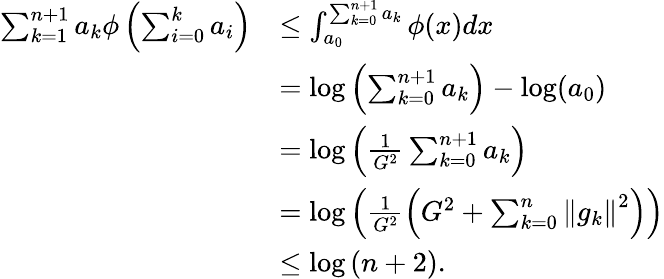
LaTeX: \begin{array}{rl}{\sum_{k=1}^{n+1}a_{k}\phi\left(\sum_{i=0}^{k}a_{i}\right)}&{\leq\int_{a_{0}}^{\sum_{k=0}^{n+1}a_{k}}\phi(x)dx}\\ &{=\log\left(\sum_{k=0}^{n+1}a_{k}\right)-\log(a_{0})}\\ &{=\log\left(\frac{1}{G^{2}}\sum_{k=0}^{n+1}a_{k}\right)}\\ &{=\log\left(\frac{1}{G^{2}}\left(G^{2}+\sum_{k=0}^{n}\left\Vert g_{k}\right\Vert^{2}\right)\right)}\\ &{\leq\log\left(n+2\right).}\end{array}